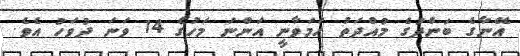
އޭނާގެ ބަންދުގެ މުއްދަތު ހަމަވާނީ އަންނަ މަހުގެ 14 ވަނަ ދުވަހު އެވެ.